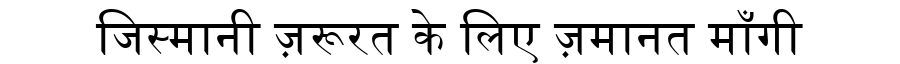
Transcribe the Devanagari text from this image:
जिस्मानी ज़रूरत के लिए ज़मानत माँगी